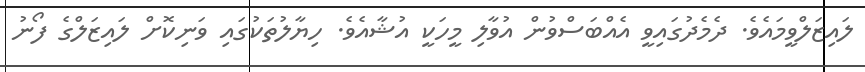
ލައިޒަލްވީމައެވެ. ދެމެދުގައިވީ އެއްބަސްވުން އުވާލި މީހަކީ އުޝާއެވެ. ހިޔާލުތަކުގައި ވަނިކޮށް ލައިޒަލްގެ ފޯނު